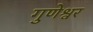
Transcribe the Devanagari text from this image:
गुणेश्वर